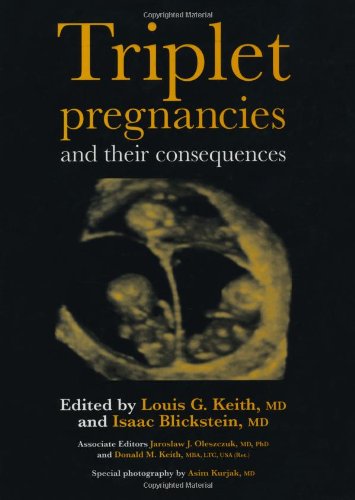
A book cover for Triplet Pregnancies and their Consequences; Parenting & Relationships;